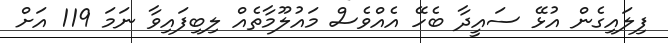
ފިލައިގެން އުޅޭ ސައީދާ ބެހޭ އެއްވެސް މައުލޫމާތެއް ލިބިފައިވާ ނަމަ 119 އަށް